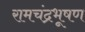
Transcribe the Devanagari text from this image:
रामचंद्रभूषण